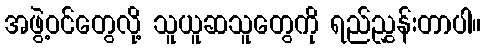
အဖွဲ့ဝင်တွေလို့ သူယူဆသူတွေကို ရည်ညွှန်းတာပါ။